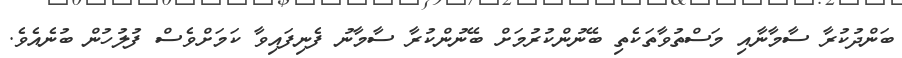
ބަންދުކުރާ ސާމާނާއި މަސްތުވާތަކެތި ބޭނުންކުރުމަށް ބޭނުންކުރާ ސާމާނު ފެނިފައިވާ ކަމަށްވެސް ފުލުހުން ބުނެއެވެ.